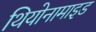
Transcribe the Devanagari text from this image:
थियोनामाइड